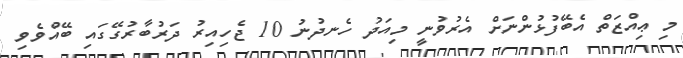
މި ޢިއްޒަތް އެބޭފުޅުންނަށް އެރުވުނީ މިއަދު ހެނދުނު 10 ޖެހިއިރު ދަރުބާރުގޭގައި ބޭއްވެވި